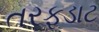
તરફડાટ